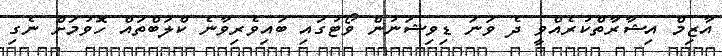
އާޒިމް އިޝާރާތްކުރެއްވީ ދެ ވަނަ ޑިވިޝަނުން ވޯޓުގައި ބައިވެރިވާނެ ކްލަބްތައް ހޮވުމަށް ނެގި